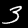
Label: 3